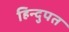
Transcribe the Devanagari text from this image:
हिन्दुपत